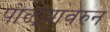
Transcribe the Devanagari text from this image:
पोळ्यावरुन